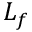
L _ { f }